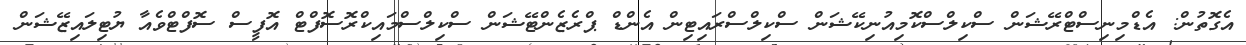
އެގޮތުން: އެޑްމިނިސްޓްރޭޝަން ސްކިލްސްކޮމިއުނިކޭޝަން ސްކިލްސްރައިޓިން އެންޑް ޕްރެޒެންޓޭޝަން ސްކިލްސްމައިކްރޮސޮފްޓް އޮފީސް ސޮފްޓްވެއާ ޔުޓިލައިޒޭޝަން